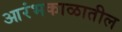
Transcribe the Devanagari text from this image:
आरंभकाळातील